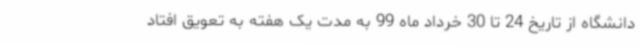
دانشگاه از تاریخ 24 تا 30 خرداد ماه 99 به مدت یک هفته به تعویق افتاد